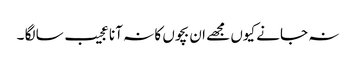
نہ جانے کیوں مجھے ان بچوں کا نہ آنا عجیب سا لگا ۔